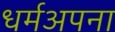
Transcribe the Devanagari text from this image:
धर्मअपना